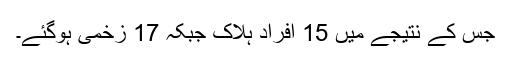
جس کے نتیجے میں 15 افراد ہلاک جبکہ 17 زخمی ہوگئے۔